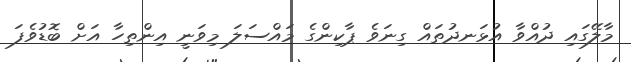
މާލޭގައި ދުއްވާ އުޅަނދުތައް ގިނަވެ ޕާކިންގެ މައްސަލަ މިވަނީ އިންތިހާ އަށް ބޮޑުވެފަ